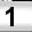
Digit: 1